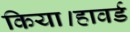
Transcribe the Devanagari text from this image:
किया।हावर्ड